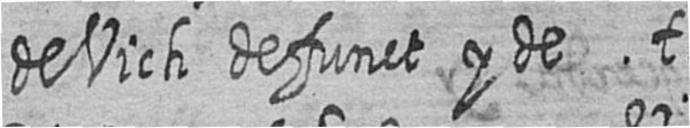
de Vich defunct y de t